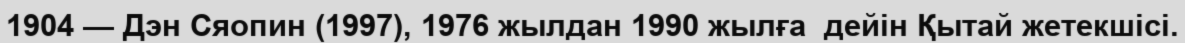
1904 — Дэн Сяопин (1997), 1976 жылдан 1990 жылға  дейін Қытай жетекшісі.